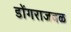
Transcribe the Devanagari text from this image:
डोंगराजवळ